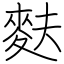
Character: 麩